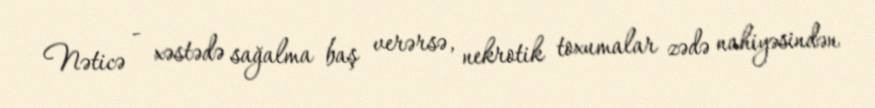
Nəticə - xəstədə sağalma baş verərsə, nekrotik toxumalar zədə nahiyəsindən